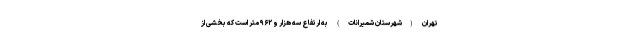
تهران (شهرستان شمیرانات) به ارتفاع سه هزار و ۹۶۲ متر است که بخشی از